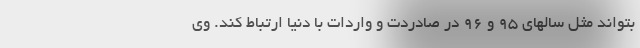
بتواند مثل سالهای ۹۵ و ۹۶ در صادردت و واردات با دنیا ارتباط کند. وی